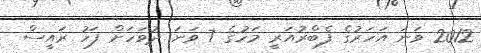
2012 ވަނަ އަހަރުގެ ފެބްރުއަރީ މަހުގެ 7 ވަނަ ދުވަހަށް ފަހު ރައީސް